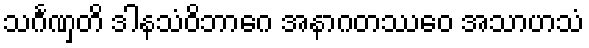
သင်္ဂဏှတိ ဒါနသံဝိဘာဂေ အနာဂတဿေဝ အသာဟသံ